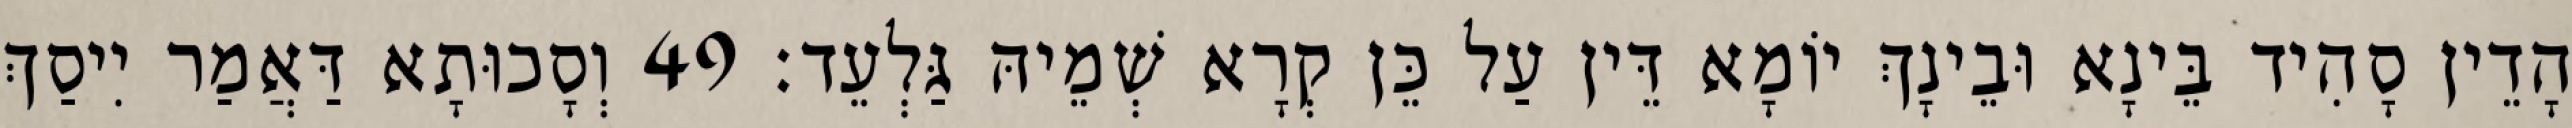
הָדֵין סָהִיד בֵּינָא וּבֵינָךְ יוֹמָא דֵּין עַל כֵּן קְרָא שְׁמֵיהּ גַּלְעֵד׃ 49 וְסָכוּתָא דַּאֲמַר יִיסַךְ